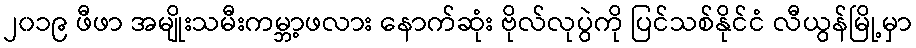
၂၀၁၉ ဖီဖာ အမျိုးသမီးကမ္ဘာ့ဖလား နောက်ဆုံး ဗိုလ်လုပွဲကို ပြင်သစ်နိုင်ငံ လီယွန်မြို့မှာ